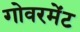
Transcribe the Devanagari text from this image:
गोवरमेंट